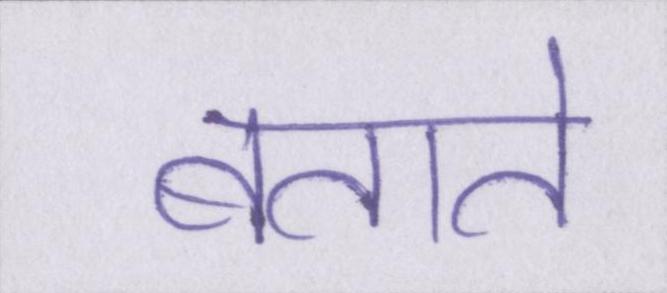
बताते